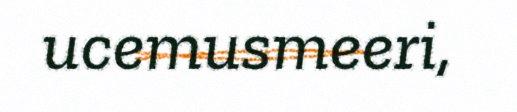
ucemusmeeri,